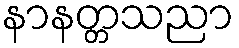
နာနတ္တသညာ